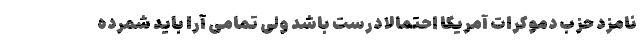
نامزد حزب دموکرات آمریکا احتمالاً درست باشد ولی تمامی آرا باید شمرده